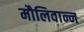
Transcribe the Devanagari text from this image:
मौलिवान्न